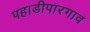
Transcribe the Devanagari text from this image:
पहाडीपारगाव